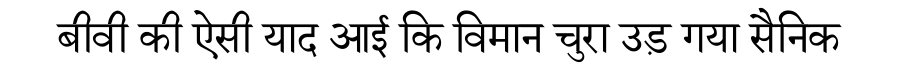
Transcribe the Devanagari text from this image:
बीवी की ऐसी याद आई कि विमान चुरा उड़ गया सैनिक